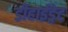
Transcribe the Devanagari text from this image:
डीहाईड्रेट